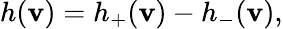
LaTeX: h(\mathbf{v})=h_{+}(\mathbf{v})-h_{-}(\mathbf{v}),